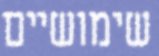
שימושיים